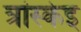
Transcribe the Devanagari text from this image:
त्रांस्केइ